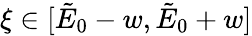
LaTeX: \xi\in[\tilde{E}_{0}-w,\tilde{E}_{0}+w]